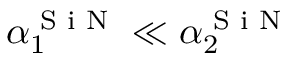
\alpha _ { 1 } ^ { \textrm { S i N } } \ll \alpha _ { 2 } ^ { \textrm { S i N } }